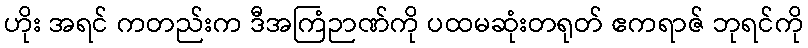
ဟိုး အရင် ကတည်းက ဒီအကြံဉာဏ်ကို ပထမဆုံးတရုတ် ဧကရာဇ် ဘုရင်ကို